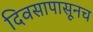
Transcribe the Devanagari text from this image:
दिवसापासूनच